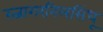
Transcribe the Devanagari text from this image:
रत्नागरनिलसिंधू